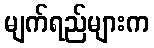
မျက်ရည်များက